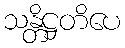
သန္တိဋ္ဌတိပေ